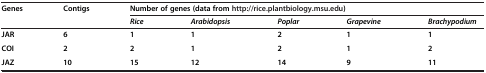
| Genes | Contigs | <COLSPAN=5> Number of genes (data from http://rice.plantbiology.msu.edu) |
 |  |  | Rice | Arabidopsis | Poplar | Grapevine | Brachypodium |
 | --- | --- | --- | --- | --- | --- | --- |
 | JAR | 6 | 1 | 1 | 2 | 1 | 1 |
 | COI | 2 | 2 | 1 | 2 | 1 | 2 |
 | JAZ | 10 | 15 | 12 | 14 | 9 | 11 |